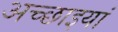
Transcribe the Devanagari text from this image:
अच्छाइयां